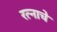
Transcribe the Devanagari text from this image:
रत्नाचे